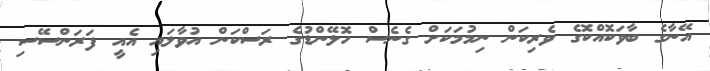
އޭނާގެ ބާވަކޮއްކޮގެ ވެރިކަން ނިމުމަކަށް ގެނެސް ހޮލޭންޑުގެ ރަސްކަން އުވާލައި އެއީ ފަރަންސޭސި